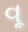
વૂ